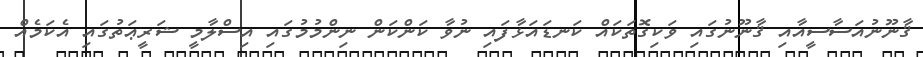
ޤާނޫނުއަސާސީއާއި ޤާނޫނުގައި ވަކިގޮތަކައް ކަނޑައަޅާފައި ނުވާ ކަންކަން ނިންމުމުގައި އިސްލާމީ ޝަރީޢަތުގައި އެކަމެއް